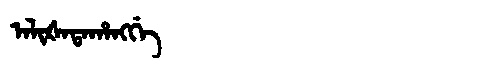
Manchu: ᠠᠯᡳᡧᠠᡨᠠᡥᠠᠩᡤᡝ
Romanization: ALIŠATAHANGGE